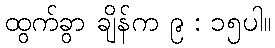
ထွက်ခွာ ချိန်က ၉ : ၁၅ပါ။